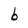
Character: b